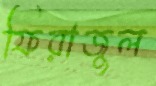
ফিরাজুল